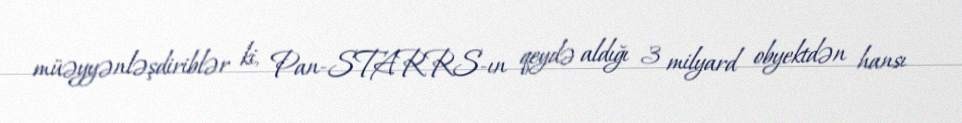
müəyyənləşdiriblər ki, Pan-STARRS-ın qeydə aldığı 3 milyard obyektdən hansı